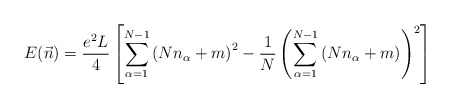
\begin{align*}E(\vec n)=\frac{e^2L}{4}\left[\sum_{\alpha=1}^{N-1}\left(Nn_\alpha+m\right)^2-\frac{1}{N}\left(\sum_{\alpha=1}^{N-1}\left(Nn_\alpha+m\right)\right)^2\right]\end{align*}